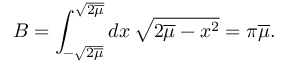
B = \int _ { - \sqrt { 2 \overline { { \mu } } } } ^ { \sqrt { 2 \overline { { \mu } } } } d x \, \sqrt { 2 \overline { { \mu } } - x ^ { 2 } } = \pi \overline { { \mu } } .